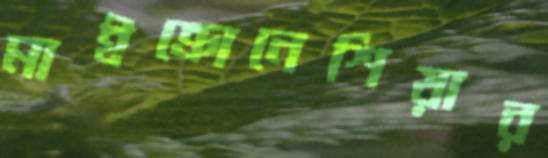
মাইক্রোনেশিয়ার